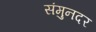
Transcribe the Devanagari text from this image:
संमुनदर